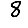
Digit: 8